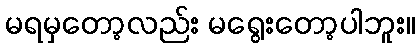
မရမှတော့လည်း မရွေးတော့ပါဘူး။